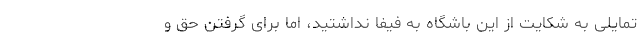
تمایلی به شکایت از این باشگاه به فیفا نداشتید، اما برای گرفتن حق و